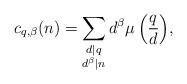
LaTeX: \begin{align*} c_{q,\beta}(n) = \sum_{\substack{d|q \\ {d^\beta }|n}} {{d^\beta }\mu \left( {\frac{q}{d}} \right)},\end{align*}